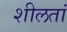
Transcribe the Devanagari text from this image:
शीलतां